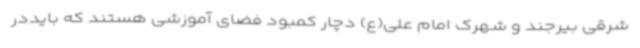
شرقی بیرجند و شهرک امام علی(ع) دچار کمبود فضای آموزشی هستند که بایددر